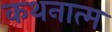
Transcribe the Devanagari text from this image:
कथनात्म